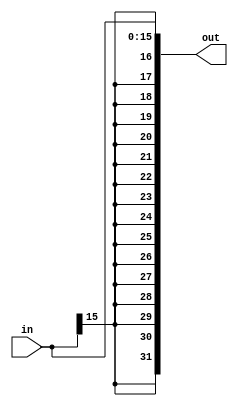

module SignExtender(in, out);
  
  input[15:0] in;
  output[31:0] out;
  reg [31:0] out;
  
  always@(in)
    begin
      
      out[15:0]  = in[15:0];
      out[31:16] = {16{in[15]}};
      
    end
endmodule